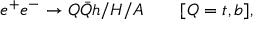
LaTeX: e ^ { + } e ^ { - } \to Q \bar { Q } h / H / A \qquad [ Q = t , b ] ,